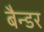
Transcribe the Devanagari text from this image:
बैन्डर